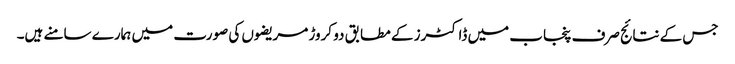
جس کے نتائج صرف پنجاب میں ڈاکٹرز کے مطابق دو کروڑ مریضوں کی صورت میں ہمارے سامنے ہیں۔